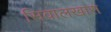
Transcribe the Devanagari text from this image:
सिवालखास